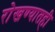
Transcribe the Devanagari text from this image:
रोखण्यातही